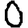
Digit: 0